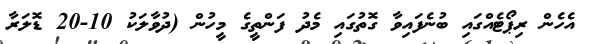
އެހެން ރިޕޯޓެއްގައި ބުނެފައިވާ ގޮތުގައި މެދު ފަންތީގެ މީހުން (ދުވާލަކު 10-20 ޑޮލަރާ